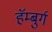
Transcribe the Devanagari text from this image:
हॅम्बुर्ग